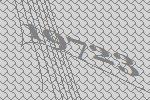
19723